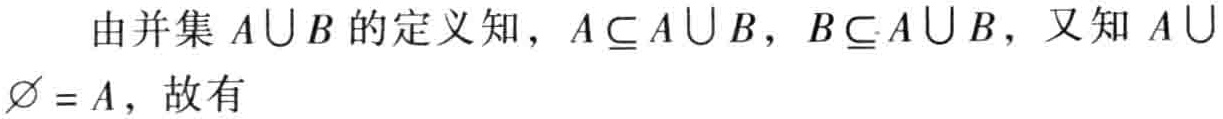
由并集 \(A\cup B\) 的定义知，\(A\subseteq A\cup B\)，\(B\subseteq A\cup B\)，又知 \(A\cup\varnothing = A\)，故有